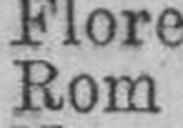
Rom